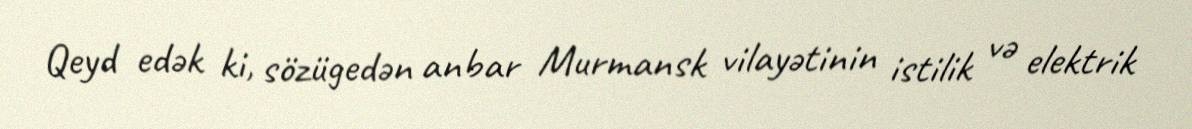
Qeyd edək ki, sözügedən anbar Murmansk vilayətinin istilik və elektrik